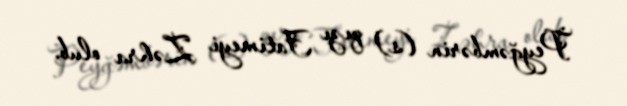
Peyğəmbərin (s) qızı Fatimeyi Zəhra olub.